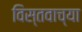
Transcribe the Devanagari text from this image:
विस्तवाच्या